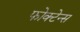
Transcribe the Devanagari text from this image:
फोक्टेन्स